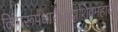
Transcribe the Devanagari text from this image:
लिंगरूपधारीसदाशिवमहादेव